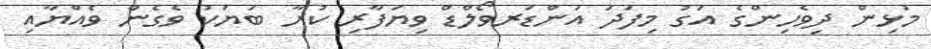
މުޅިން ދިވެހިންގެ އަގު މިފަދަ އަންޑަރވޯލްޑް ވިޔަފާރި ކުރާ ބަޔަކު ވެގެން ވެއްޔާއި